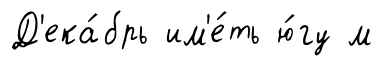
Д'ека́брь им'е́ть ю́гу м